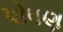
પોષણ